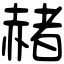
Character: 赭